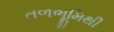
તળભૂમિથી